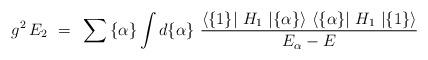
LaTeX: \begin{align*}g^2 \, E_2 ~=~ \sum{ \{\alpha \}} \int d\{\alpha \} ~ {{ \langle \{ 1 \} \vert~H_1~ \vert \{ \alpha \}\rangle ~ \langle \{ \alpha \}\vert ~H_1~ \vert \{ 1 \}\rangle } \over {E_\alpha - E}} \end{align*}